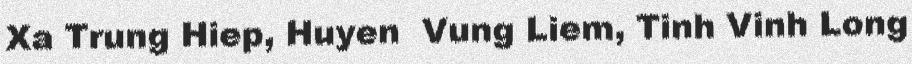
Xa Trung Hiep, Huyen  Vung Liem, Tinh Vinh Long